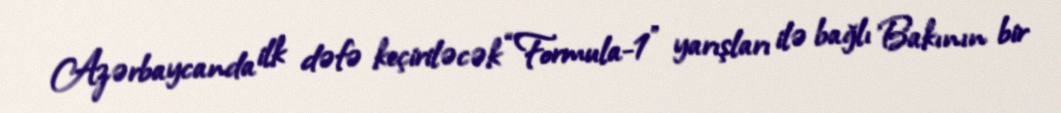
Azərbaycanda ilk dəfə keçiriləcək “Formula-1” yarışları ilə bağlı Bakının bir